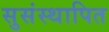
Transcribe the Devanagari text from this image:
सुसंस्थापित